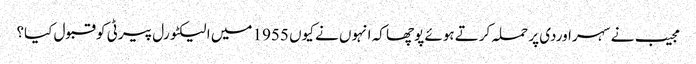
مجیب نے سہراوردی پر حملہ کرتے ہوئے پوچھا کہ انہوں نے کیوں 1955 میں الیکٹورل پیرٹی کو قبول کیا؟